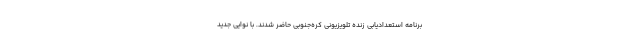
برنامه استعدادیابی زنده تلویزیونی کره‌جنوبی حاضر شدند. با نوایی جدید